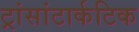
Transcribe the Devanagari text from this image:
ट्रांसांटार्कटिक